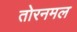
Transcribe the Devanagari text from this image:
तोरनमल